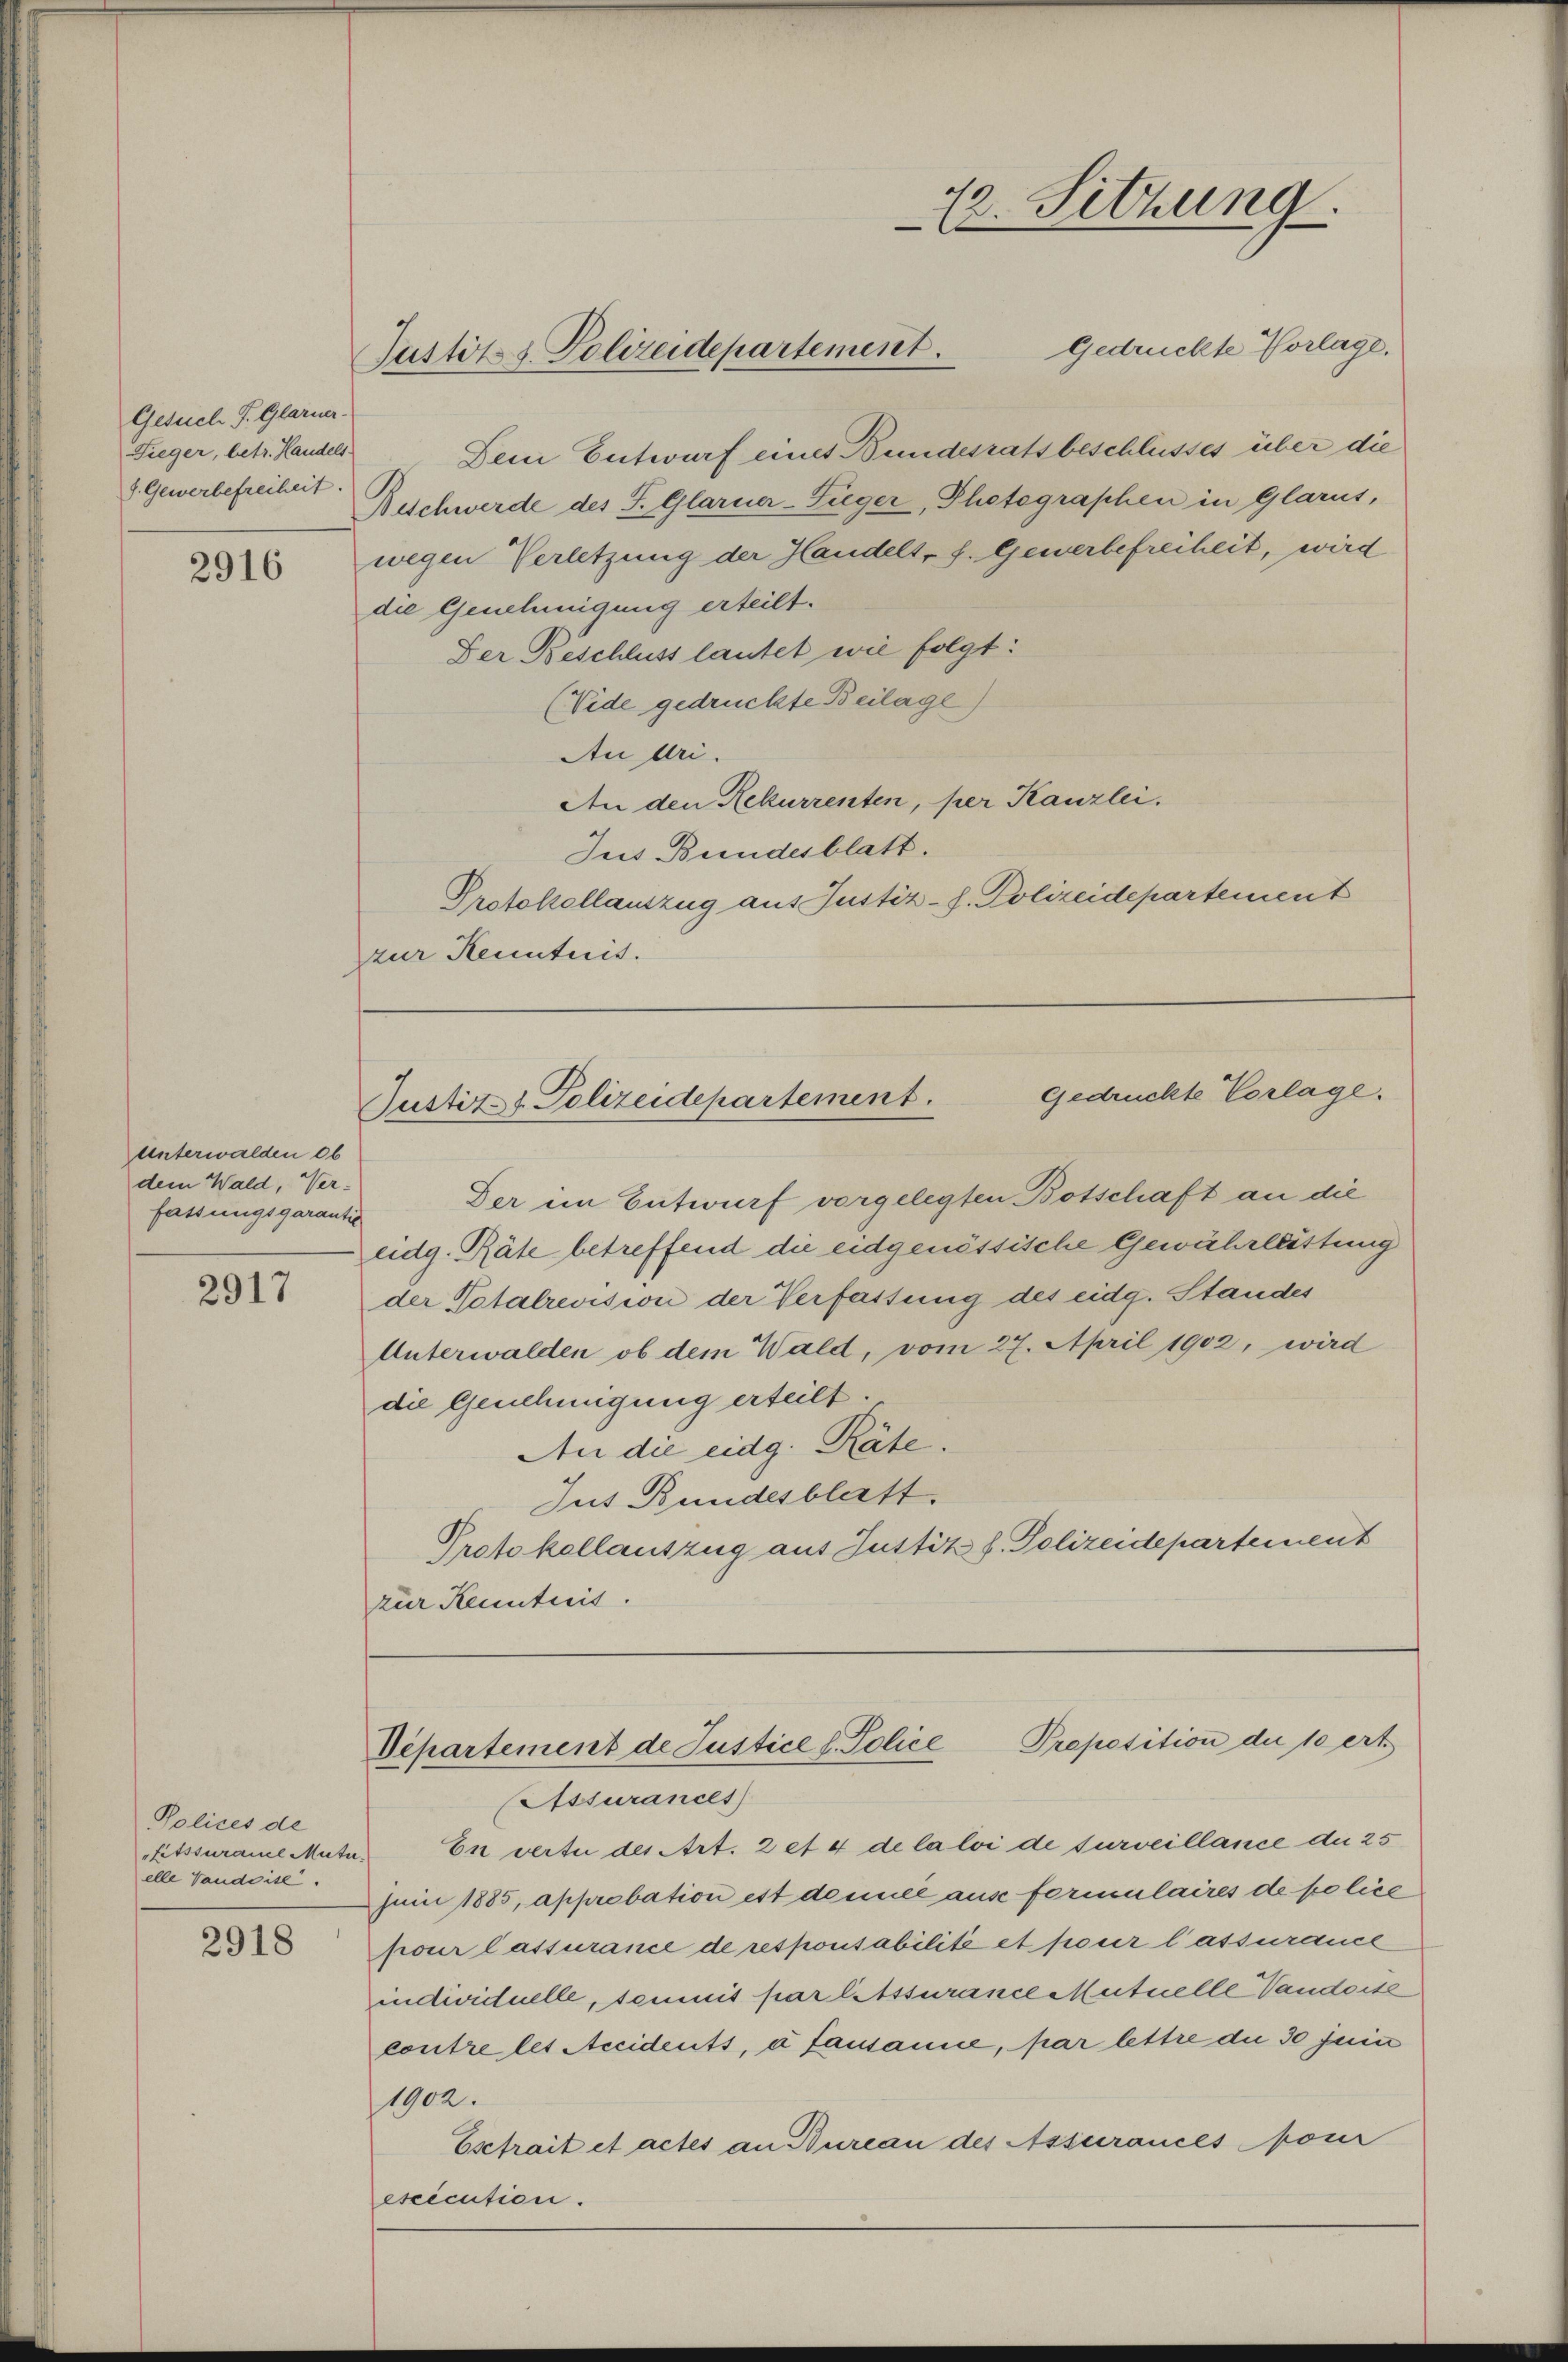
Gesuch P. Glaruer-
Fieger, betr. Handels
8. Gewerbefreiheit.

2916

2917

2918

Unterwalden ob
dem Wald, Ver-
fassungsgarantie

Polices de
fitssuramel Muta
elle Vaudoise.

Justiz- & Polizeidepartement.

Gedrückte Vorlage.
Dem Entwurf eines Bundesratsbeschlusses über die
Beschwerde des S. Glarner-Zieger, Photographen in Glarus,
wegen Verletzung der Handelt. f. Gewerbefreiheit, wird
die Genehmigung erteilt.
Der Beschluss lautet wie folgt:
(Vide gedrückte Beilage)
Au Uri.
An den Rekurrenten, per Kanzlei.
Jus Bundesblatt.
Protokollauszug aus Justiz-J. Polizeidepartement
zur Kenntnis.

Der im Entwurf vorgelegten Botschaft an die
eidg. Räte betreffend die eidgenössische Gewährleistung
der Totalrevision der Verfassung des eidg. Standes
Unterwalden ob dem Wald, vom 27. April 1902, wird
die Genehmigung erteilt.
An die eidg. Räte.
Jus Bundesblatt.
Protokollauszug aus Justik d. Polizeidepartement
zur Kenntnis.

En vertu des Art. 2 et 4 de la loi de surveillance du 25
Juni 1885, approbation est damnée aus formulaires de police
pour lassurance de responsabilité et pour lassurance
individuelle, sommit par letssurance Mutuelle Vanderse
contre les Accidents, a fausanne, par lettre die 30 Juni
1902.
Esctrait et actes an Bureau des Assurances four
escicution.

12. Sitzung

Gedruckte Vorlage.
Justiz & Polizeidepartement.

Departement de Justice d. Police Proposition der 10 ert
Assurances)